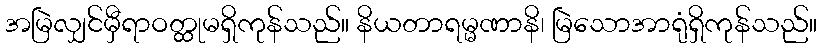
အမြဲလျှင်မှီရာဝတ္ထုမရှိကုန်သည်။ နိယတာရမ္မဏာနိ၊ မြဲသောအာရုံရှိကုန်သည်။